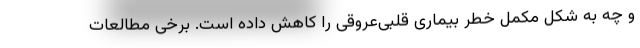
و چه به شکل مکمل خطر بیماری قلبی‌عروقی را کاهش داده است. برخی مطالعات